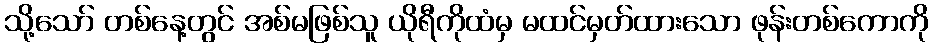
သို့သော် တစ်နေ့တွင် အစ်မဖြစ်သူ ယိုရီကိုထံမှ မထင်မှတ်ထားသော ဖုန်းတစ်ကောကို